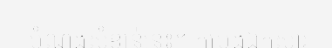
បំណងសំខាន់នេះ។ កម្រងឯកសារ